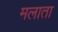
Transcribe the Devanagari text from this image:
मलाता